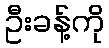
ဦးခန့်ကို